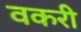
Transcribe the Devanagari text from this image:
वकरी